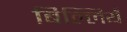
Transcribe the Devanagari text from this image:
बिल्लियँ